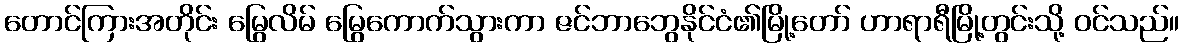
တောင်ကြားအတိုင်း မြွေလိမ် မြွေကောက်သွားကာ ဇင်ဘာဘွေနိုင်ငံ၏မြို့တော် ဟာရာရီမြို့တွင်းသို့ ဝင်သည်။